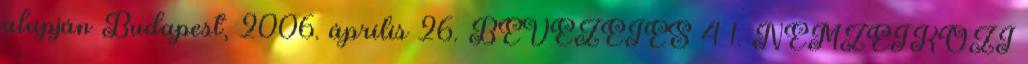
alapján Budapest, 2006. április 26. BEVEZETÉS 4 1. NEMZETKÖZI